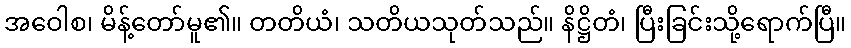
အဝေါစ၊ မိန့်တော်မူ၏။ တတိယံ၊ သတိယသုတ်သည်။ နိဋ္ဌိတံ၊ ပြီးခြင်းသို့ရောက်ပြီ။